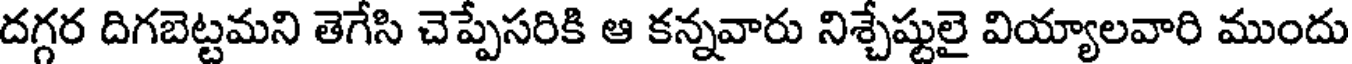
దగ్గర దిగబెట్టమని తెగేసి చెప్పేసరికి ఆ కన్నవారు నిశ్చేష్టులై వియ్యాలవారి ముందు